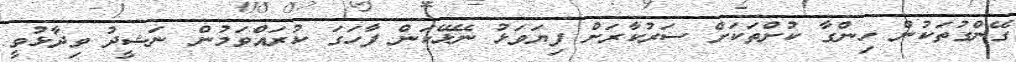
ގޭންގުތަކުން ހިންގާ ކުށްތަކަށް ސަރުކާރަށް ފިޔަވަޅު ނޭޅޭކަން ފާހަގަ ކުރައްވަމުން ނަޝީދު ވިދާޅުވީ